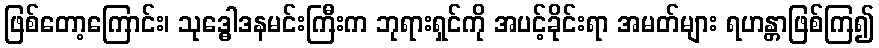
ဖြစ်တော့ကြောင်း၊ သုဒ္ဓေါဒနမင်းကြီးက ဘုရားရှင်ကို အပင့်ခိုင်းရာ အမတ်များ ရဟန္တာဖြစ်ကြ၍